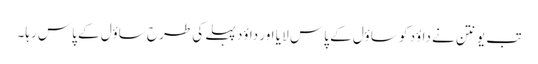
تب یونتن نے داؤد کو ساؤل کے پاس لا یا اور داؤد پہلے کی طرح ساؤل کے پاس رہا۔